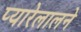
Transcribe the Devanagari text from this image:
प्यारेलालने